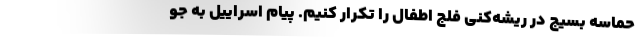
حماسه بسیج در ریشه‌کنی فلج اطفال را تکرار کنیم. پیام اسراییل به جو